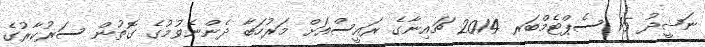
ނަޝީދު 15 ސެޕްޓެމްބަރ 2014 ޗައިނާގެ ރައީސްއަށް މަރުހަބާ ދެންނެވުމުގެ ގޮތުން ސަރުކާރުގެ